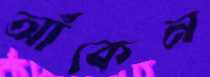
আঁকেন